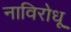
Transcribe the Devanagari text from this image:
नाविरोधू